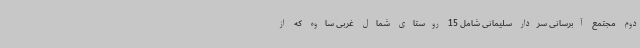
دوم مجتمع آبرسانی سردار سلیمانی شامل 15 روستای شمال غربی ساوه که از